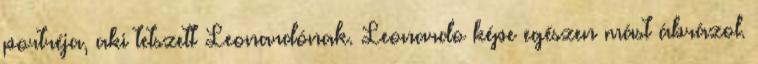
portréja, aki tetszett Leonardónak. Leonardo képe egészen mást ábrázol.